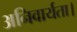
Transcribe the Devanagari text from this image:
अनिवार्यता।